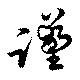
謹